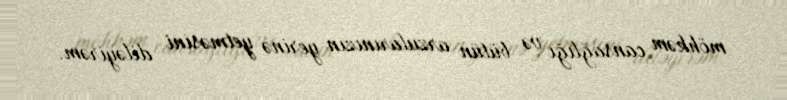
möhkəm cansağlığı və bütün arzularınızın yerinə yetməsini diləyirəm.